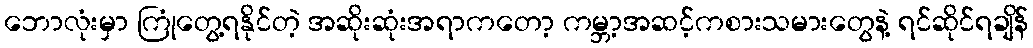
ဘောလုံးမှာ ကြုံတွေ့ရနိုင်တဲ့ အဆိုးဆုံးအရာကတော့ ကမ္ဘာ့အဆင့်ကစားသမားတွေနဲ့ ရင်ဆိုင်ရချိန်